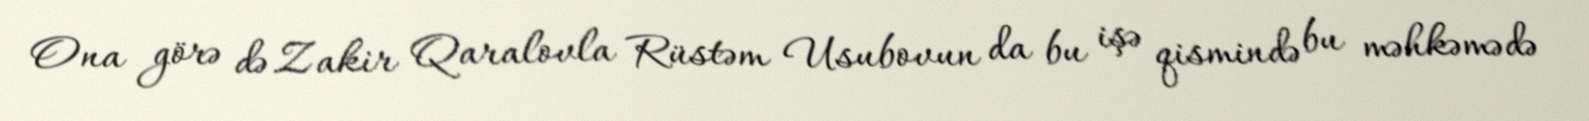
Ona görə də Zakir Qaralovla Rüstəm Usubovun da bu işə qismində bu məhkəmədə